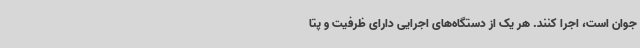
جوان است، اجرا کنند. هر یک از دستگاه‌های اجرایی دارای ظرفیت و پتا